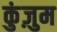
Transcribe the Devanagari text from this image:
कुंज़ुम